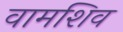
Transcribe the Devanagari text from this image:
वामशिव